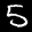
Label: 5